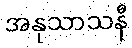
အနုသာသနီ